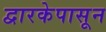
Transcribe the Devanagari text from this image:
द्वारकेपासून